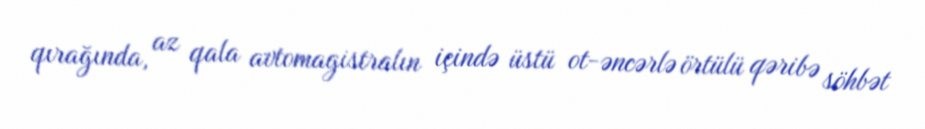
qırağında, az qala avtomagistralın içində üstü ot-əncərlə örtülü qəribə söhbət